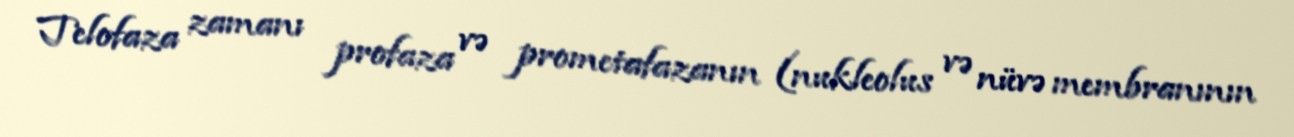
Telofaza zamanı profaza və prometafazanın (nukleolus və nüvə membranının